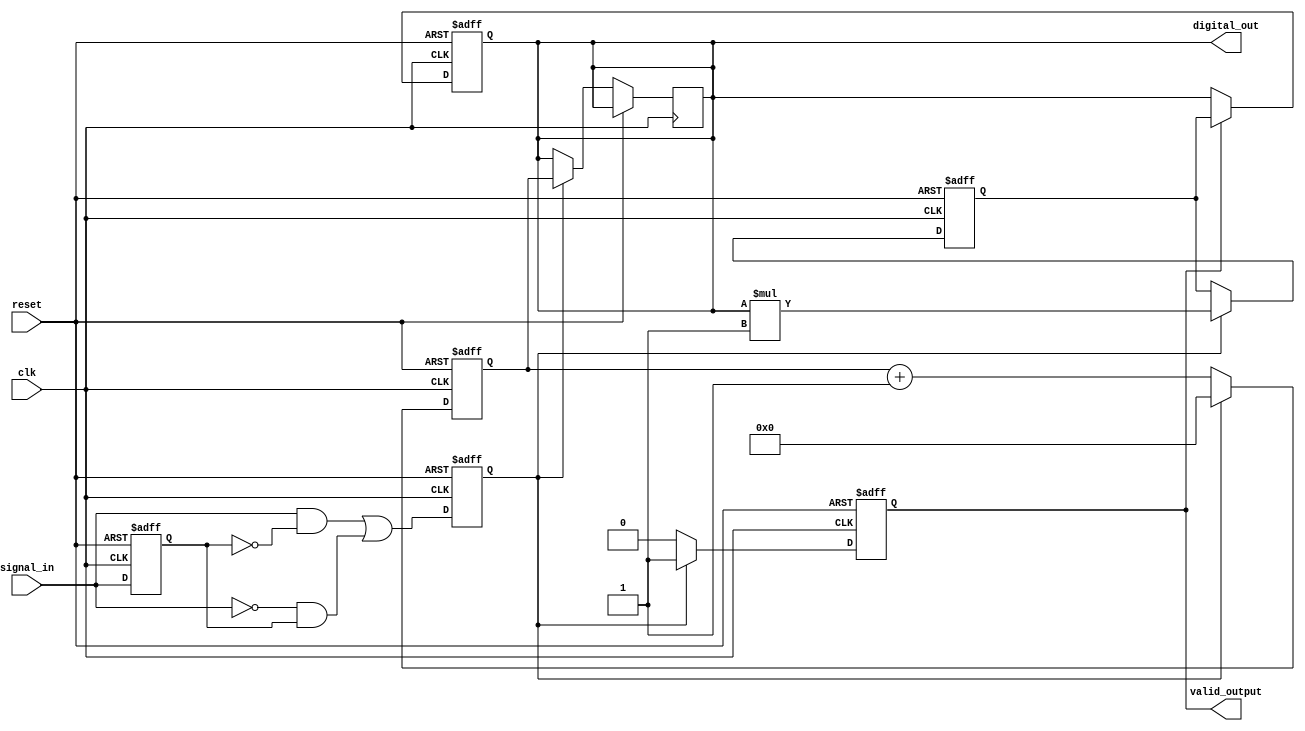
module TDC (
    input wire clk,                     // Main clock signal
    input wire reset,                   // Reset signal
    input wire signal_in,               // Input signal for measurement
    output reg [31:0] digital_out,      // Final digital output
    output reg valid_output              // Output valid flag
);

// Parameters for memory and calibration
parameter MEMORY_SIZE = 16;
parameter CALIBRATION_COEFFICIENTS = 8'h01; // Example coefficient for calibration

// Calibration and Data Memory
reg [31:0] calibration_memory[0:MEMORY_SIZE-1];
reg [31:0] data_memory[0:MEMORY_SIZE-1];

// Edge detection logic
reg signal_last;
reg edge_detected;

always @(posedge clk or posedge reset) begin
    if (reset) begin
        signal_last <= 1'b0;
        edge_detected <= 1'b0;
    end else begin
        edge_detected <= (signal_in && !signal_last) || (!signal_in && signal_last);
        signal_last <= signal_in;
    end
end

// High-Resolution Counter
reg [31:0] counter;
always @(posedge clk or posedge reset) begin
    if (reset) begin
        counter <= 32'b0;
    end else if (edge_detected) begin
        digital_out <= counter; // Store measurement on edge detection
        counter <= 32'b0; // Reset counter after capturing time
    end else begin
        counter <= counter + 1; // Increment counter
    end
end

// Calibration Logic
reg [31:0] calibrated_value;
always @(posedge clk or posedge reset) begin
    if (reset) begin
        calibrated_value <= 32'b0;
        valid_output <= 1'b0;
    end else if (edge_detected) begin
        // Apply calibration coefficient for measurement correction
        calibrated_value <= digital_out * CALIBRATION_COEFFICIENTS;
        valid_output <= 1'b1; // Set output valid flag
    end else begin
        valid_output <= 1'b0; // Reset valid flag if no new output
    end
end

// Configuration registers (for demonstration, actual implementation may vary)
reg [3:0] config_reg;
always @(posedge clk or posedge reset) begin
    if (reset) begin
        config_reg <= 4'b0000; // Default configuration
    end else begin
        // Example: Update config register based on some condition
        // config_reg <= new_config_value; // Logic to update config
    end
end

// Digital output (final calibrated value)
always @(posedge clk or posedge reset) begin
    if (reset) begin
        digital_out <= 32'b0;
    end else if (valid_output) begin
        digital_out <= calibrated_value; // Output calibrated value
    end
end

endmodule